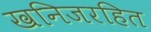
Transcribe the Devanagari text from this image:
खनिजरहित